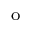
^ \mathrm { o }